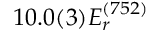
1 0 . 0 ( 3 ) E _ { r } ^ { ( 7 5 2 ) }